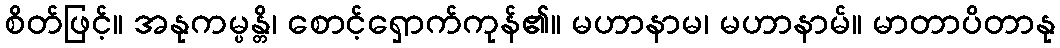
စိတ်ဖြင့်။ အနုကမ္ပန္တိ၊ စောင့်ရှောက်ကုန်၏။ မဟာနာမ၊ မဟာနာမ်။ မာတာပိတာနု